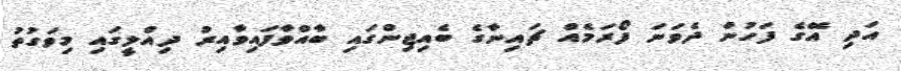
އަދި އޭގެ ފަހުން ދެވަނަ ފޯރަމެއް ޗައިނާގެ ބެއިޖިންގައި ބާއްވާފައިވާއިރު ދިއްލީގައި މިވަގުތު